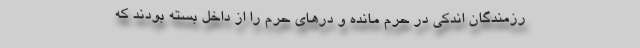
رزمندگانِ اندکی در حرم مانده و درهای حرم را از داخل بسته بودند که